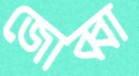
জোব্বা